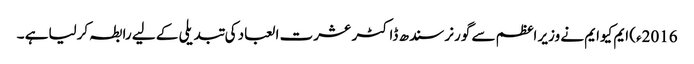
2016ء) ایم کیوایم نے وزیر اعظم سے گورنر سندھ ڈاکٹر عشرت العباد کی تبدیلی کے لیے رابطہ کرلیاہے ۔